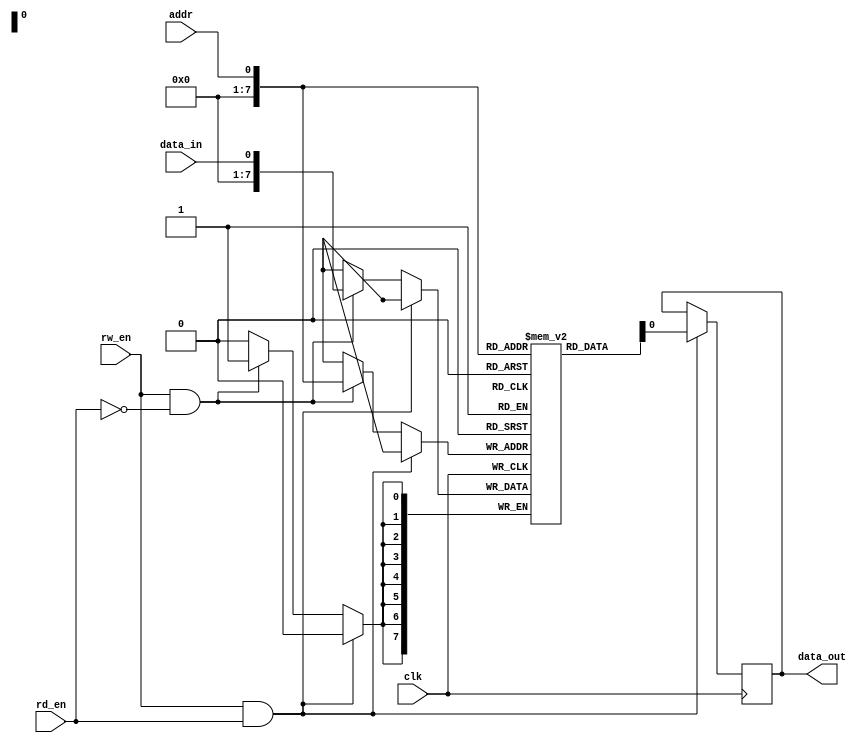
module DDR_SDRAM(
    input wire clk,
    input wire rw_en,
    input wire rd_en,
    input wire addr,
    input wire data_in,
    output reg data_out
);

reg [7:0] mem_array [0:255];

always @(posedge clk) begin
    if (rw_en && rd_en) begin
        data_out <= mem_array[addr];
    end
    else if (rw_en && !rd_en) begin
        mem_array[addr] <= data_in;
    end
end

endmodule